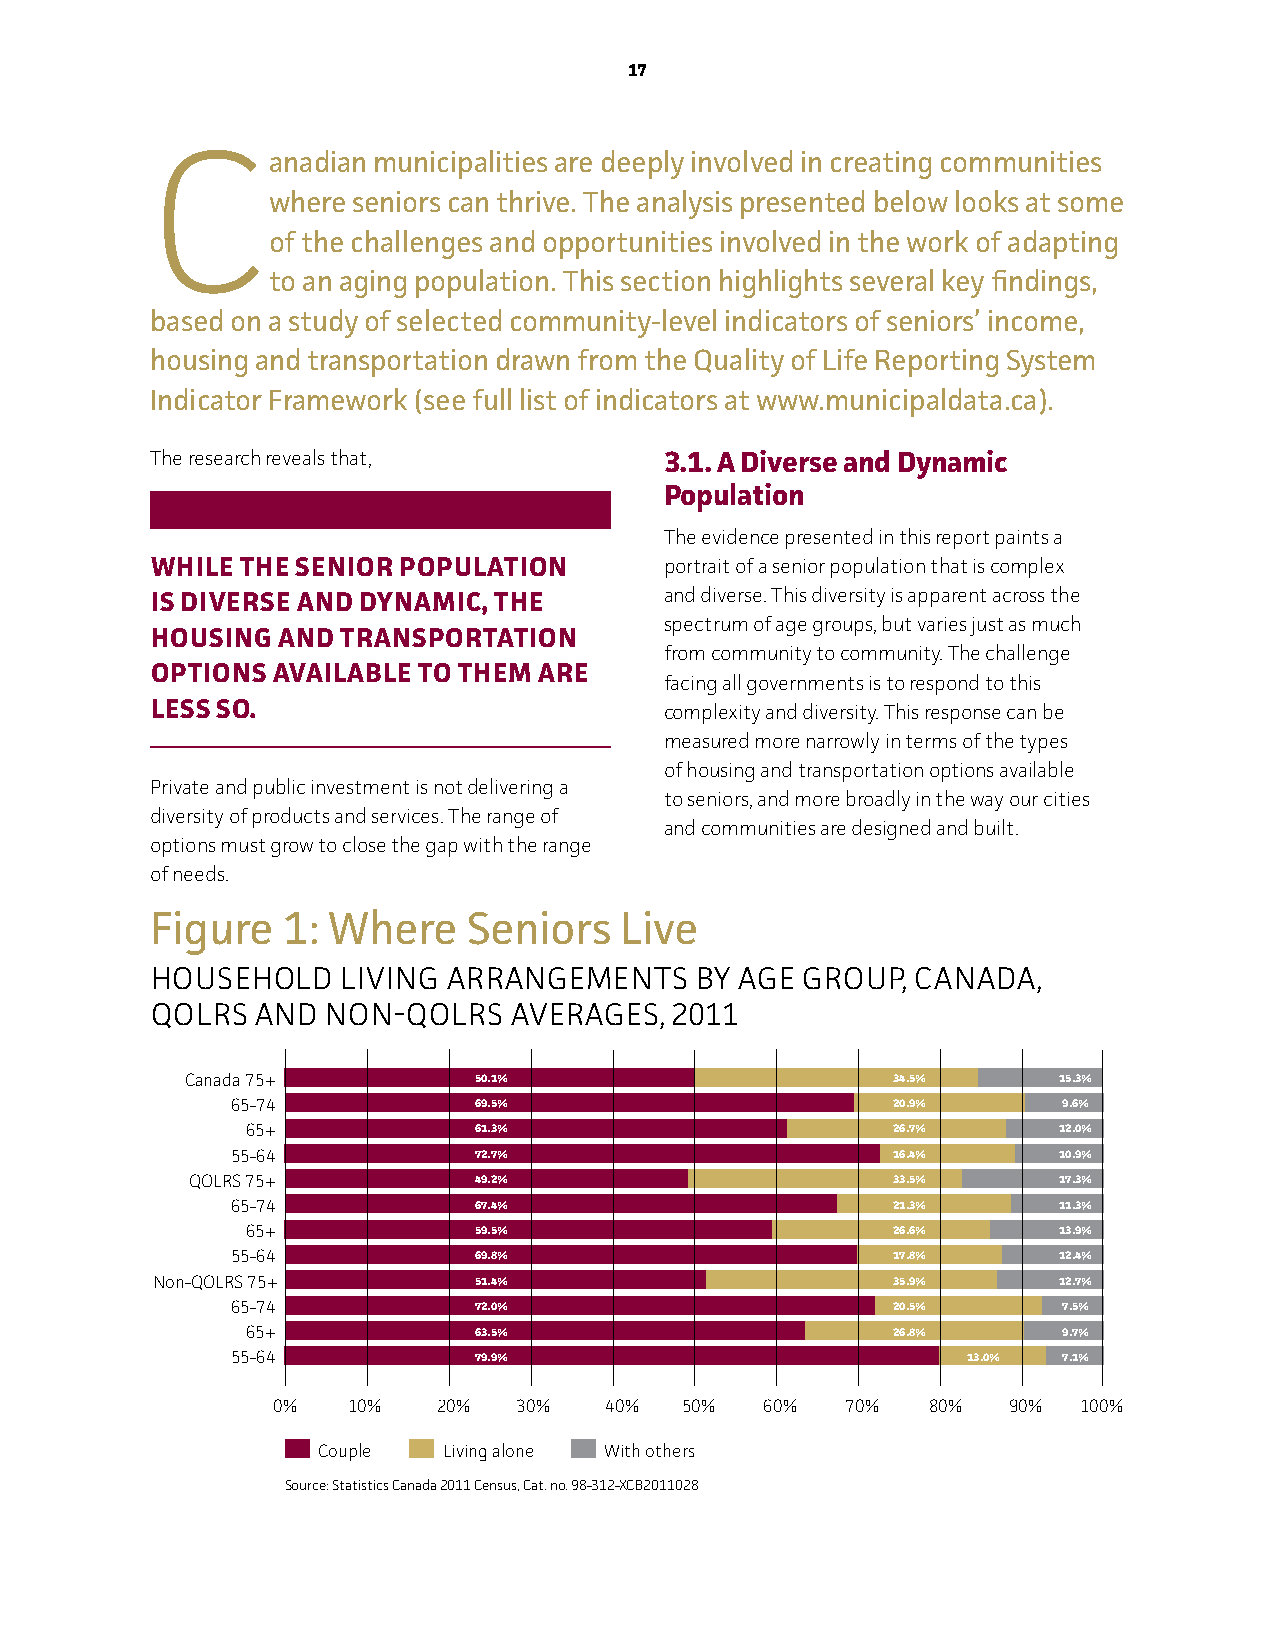
17
 C
 anadian municipalities are deeply involved in creating communities
 where seniors can thrive. The analysis presented below looks at some
 of the challenges and opportunities involved in the work of adapting
 to an aging population. This section highlights several key findings,
 based on a study of selected community-level indicators of seniors’ income,
 housing and transportation drawn from the Quality of Life Reporting System
 Indicator Framework (see full list of indicators at www.municipaldata.ca).
 The research reveals that,        3.1. A Diverse and Dynamic
 Population
 The evidence presented in this report paints a
 whILe The SenIoR PoPuLATIon       portrait of a senior population that is complex
 IS DIveRSe AnD DynAMIC, The       and diverse. This diversity is apparent across the
 spectrum of age groups, but varies just as much
 houSIng AnD TRAnSPoRTATIon
 from community to community. The challenge
 oPTIonS AvAILAbLe To TheM ARe
 facing all governments is to respond to this
 LeSS So.                          complexity and diversity. This response can be
 measured more narrowly in terms of the types
 of housing and transportation options available
 Private and public investment is not delivering a
 to seniors, and more broadly in the way our cities
 diversity of products and services. The range of
 and communities are designed and built.
 options must grow to close the gap with the range
 of needs.
 Figure   1: Where    Seniors   Live
 HouSeHold   living arrangeMenTS     by age group,  Canada,
 QolrS  and non-QolrS    averageS, 2011
 Canada 75+         50.1%                       34.5%      15.3%
 65-74           69.5%                       20.9%      9.6%
 65+            61.3%                       26.7%      12.0%
 55-64           72.7%                       16.4%      10.9%
 QOLRS 75+         49.2%                       33.5%      17.3%
 65-74           67.4%                       21.3%      11.3%
 65+            59.5%                       26.6%      13.9%
 55-64           69.8%                       17.8%      12.4%
 Non-QOLRS 75+        51.4%                       35.9%      12.7%
 65-74           72.0%                       20.5%      7.5%
 65+            63.5%                       26.8%      9.7%
 55-64           79.9%                            13.0% 7.1%
 0%   10%   20%  30%   40%  50%   60%  70%   80%  90%  100%
 Couple  Living alone With others
 Source: Statistics Canada 2011 Census, Cat. no. 98-312-XCB2011028